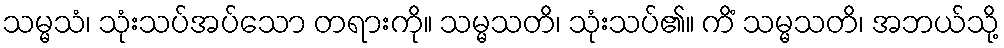
သမ္မသံ၊ သုံးသပ်အပ်သော တရားကို။ သမ္မသတိ၊ သုံးသပ်၏။ ကိံ သမ္မသတိ၊ အဘယ်သို့